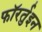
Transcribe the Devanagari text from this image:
फॉरर्तुइन